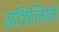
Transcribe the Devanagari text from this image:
अभिलिेखो